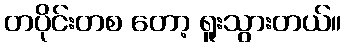
တပိုင်းတစ တော့ ရူးသွားတယ်။